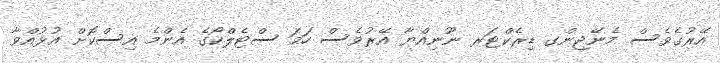
އޭރުގެވެސް މެނޭޖިންގ ޑިރެކްޓަރ ނޫނިއްޔާ އޭރުވެސް ހަމަ ސްޓެލްކޯގެ އެންމެ އިސްކޮށް އުޅުއްވާ